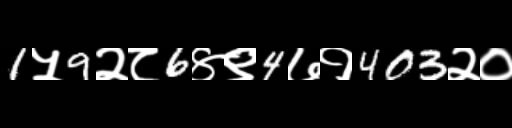
Text: 1५9२८6४९4७१403२०